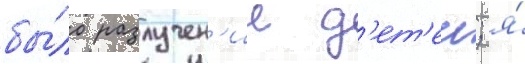
бы́ло разлучен'ие д'ет'еи; я́